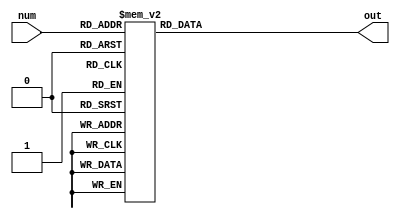
module BCD_Decoder(input [3:0] num, output reg [6:0] out);
always @ (num)
case (num)
	0: out = 7'b1000000;
	1: out = 7'b1111001;
	2: out = 7'b0100100;
	3: out = 7'b0110000;
	4: out = 7'b0011001;
	5: out = 7'b0010010;
	6: out = 7'b0000010;
	7: out = 7'b1111000;
	8: out = 7'b0000000;
	9: out = 7'b0011000;
	10: out = 7'b0001000;
	11: out = 7'b0000011;
	12: out = 7'b1000110;
	13: out = 7'b0100001;
	14: out = 7'b0000110;
	15: out = 7'b0001110;
endcase
endmodule